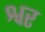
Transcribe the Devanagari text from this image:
श्वर